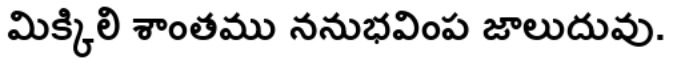
మిక్కిలి శాంతము ననుభవింప జాలుదువు.